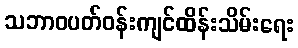
သဘာဝပတ်ဝန်းကျင်ထိန်းသိမ်းရေး